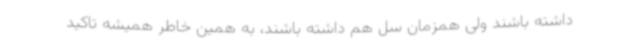
داشته باشند ولی همزمان سل هم داشته باشند، به همین خاطر همیشه تاکید